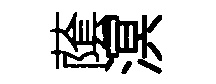
䕃溟